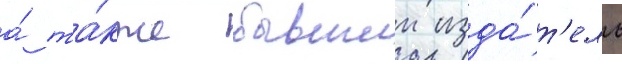
а́ та́кже бывшии изда́т'ель